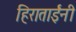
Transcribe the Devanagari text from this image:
हिराताईंनी